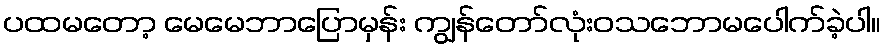
ပထမတော့ မေမေဘာပြောမှန်း ကျွန်တော်လုံးဝသဘောမပေါက်ခဲ့ပါ။